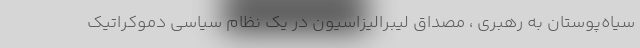
سیاه‌پوستان به رهبری ، مصداق لیبرالیزاسیون در یک نظام سیاسی دموکراتیک